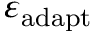
\varepsilon _ { \mathrm { a d a p t } }